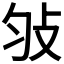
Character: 𢻸